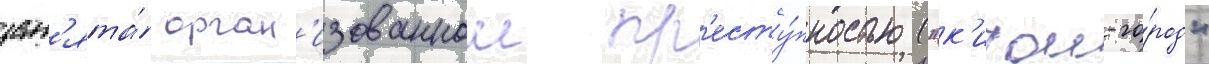
зан'ята́ орган'изованнои пр'есту́пностью ("к'итаи-го́род"